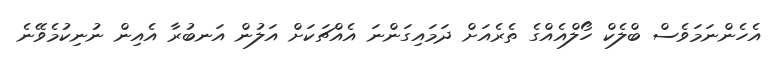
އެހެންނަމަވެސް ބްލެކް ހޯލްއެއްގެ ތެރެއަށް ދަމައިގަންނަ އެއްޗަކަށް އަލުން އަނބުރާ އެއިން ނުނިކުމެވޭނެ